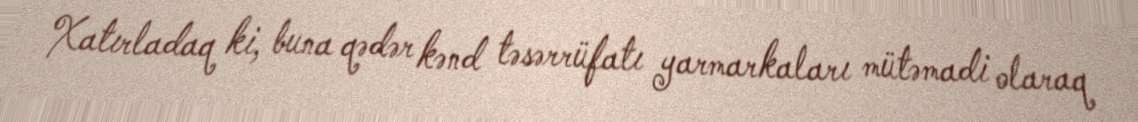
Xatırladaq ki, buna qədər kənd təsərrüfatı yarmarkaları mütəmadi olaraq